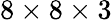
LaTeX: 8\times 8\times 3